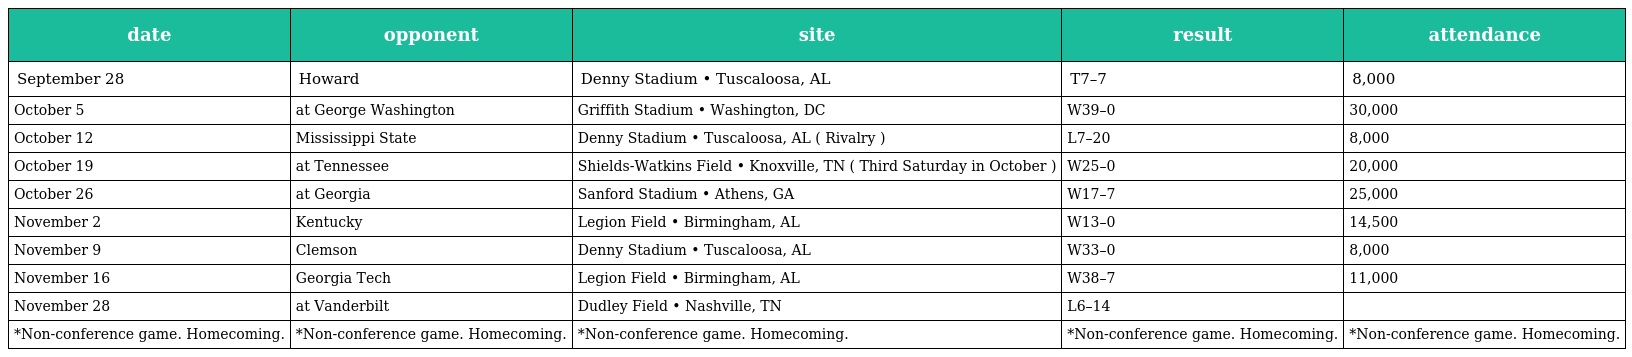
| date | opponent | site | result | attendance |
 | --- | --- | --- | --- | --- |
 | September 28 | Howard | Denny Stadium • Tuscaloosa, AL | T7–7 | 8,000 |
 | October 5 | at George Washington | Griffith Stadium • Washington, DC | W39–0 | 30,000 |
 | October 12 | Mississippi State | Denny Stadium • Tuscaloosa, AL ( Rivalry ) | L7–20 | 8,000 |
 | October 19 | at Tennessee | Shields-Watkins Field • Knoxville, TN ( Third Saturday in October ) | W25–0 | 20,000 |
 | October 26 | at Georgia | Sanford Stadium • Athens, GA | W17–7 | 25,000 |
 | November 2 | Kentucky | Legion Field • Birmingham, AL | W13–0 | 14,500 |
 | November 9 | Clemson | Denny Stadium • Tuscaloosa, AL | W33–0 | 8,000 |
 | November 16 | Georgia Tech | Legion Field • Birmingham, AL | W38–7 | 11,000 |
 | November 28 | at Vanderbilt | Dudley Field • Nashville, TN | L6–14 |  |
 | *Non-conference game. Homecoming. | *Non-conference game. Homecoming. | *Non-conference game. Homecoming. | *Non-conference game. Homecoming. | *Non-conference game. Homecoming. |